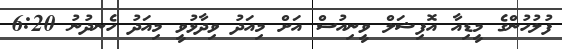
ފުލުހުންގެ މީޑިއާ އޮފިޝަލް ވީނިއުސް އަށް މިއަދު ވިދާޅުވީ މިއަދު ހެނދުނު 6:20